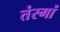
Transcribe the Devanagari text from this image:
तंरगां